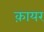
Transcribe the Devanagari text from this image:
क़ायर